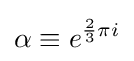
\alpha \equiv e^{{\frac {2}{3}}\pi i}